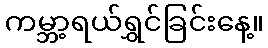
ကမ္ဘာ့ရယ်ရွှင်ခြင်းနေ့။